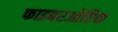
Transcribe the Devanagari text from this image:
फाइबरओप्टिक